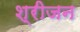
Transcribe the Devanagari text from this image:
श्रीजन